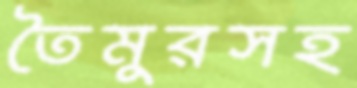
তৈমুরসহ